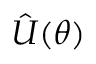
\hat { U } ( \boldsymbol { \theta } )